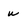
Character: w